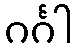
ဂင်္ဂါ